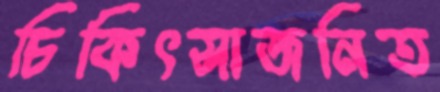
চিকিৎসাজনিত